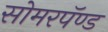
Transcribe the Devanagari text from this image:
सोमरपॅण्ड